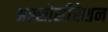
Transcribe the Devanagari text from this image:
अस्सोसीऐशन